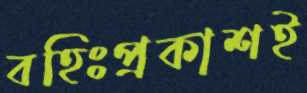
বহিঃপ্রকাশই